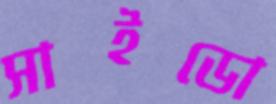
সাইডো